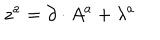
{ z } ^ { a } = \partial \cdot A ^ { a } + \lambda ^ { a }